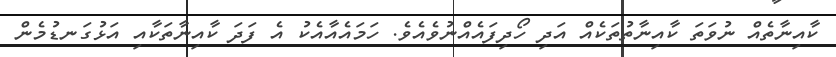
ކާއިނާތެއް ނުވަތަ ކާއިނާތުތަކެއް އަދި ހޯދިފައެއްނުވެއެވެ. ހަމައެއާއެކު އެ ފަދަ ކާއިނާތަކާއި އަޅުގަނޑުމެން